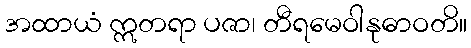
အထာယံ ဣတရာ ပဇာ၊ တီရမေဝါနုဓာဝတိ။